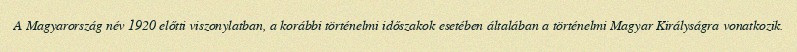
A Magyarország név 1920 előtti viszonylatban, a korábbi történelmi időszakok esetében általában a történelmi Magyar Királyságra vonatkozik.